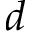
d